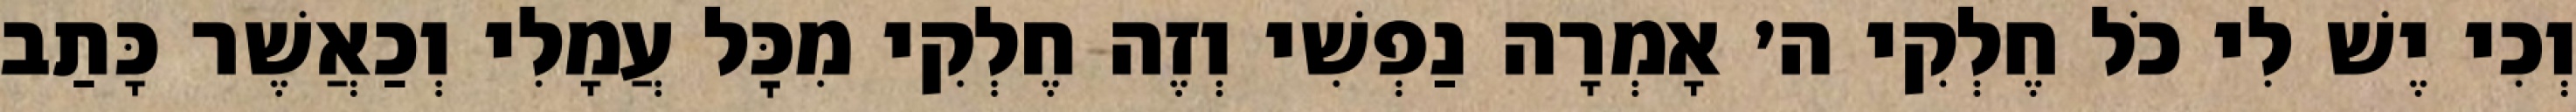
וְכִי יֶשׁ לִי כֹל חֶלְקִי ה׳ אָמְרָה נַפְשִׁי וְזֶה חֶלְקִי מִכׇּל עֲמָלִי וְכַאֲשֶׁר כָּתַב